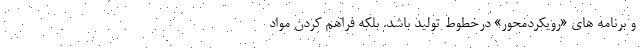
و برنامه های «رویکردمحور» درخطوط تولید باشد. بلکه فراهم کردن مواد